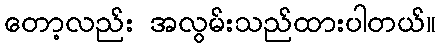
တော့လည်း အလွမ်းသည်ထားပါတယ်။